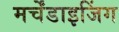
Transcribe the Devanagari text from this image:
मर्चेंडाइजिंग